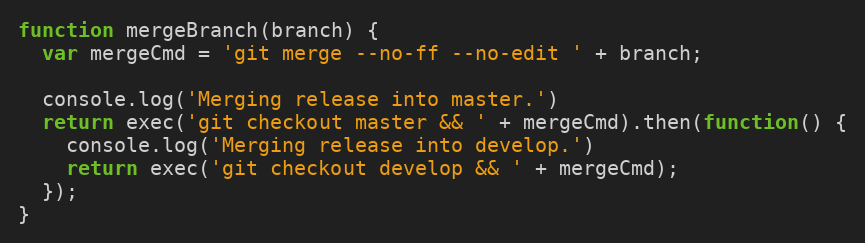
Language: JavaScript
function mergeBranch(branch) {
  var mergeCmd = 'git merge --no-ff --no-edit ' + branch;

  console.log('Merging release into master.')
  return exec('git checkout master && ' + mergeCmd).then(function() {
    console.log('Merging release into develop.')
    return exec('git checkout develop && ' + mergeCmd);
  });
}